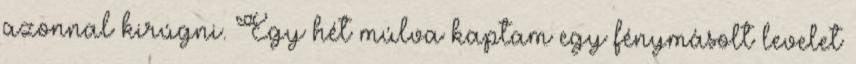
azonnal kirúgni. Egy hét múlva kaptam egy fény­má­solt le­velet